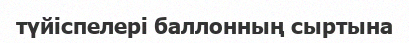
түйіспелері баллонның сыртына